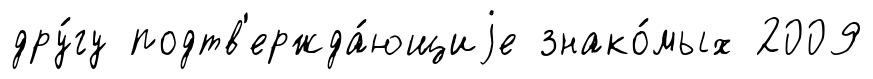
дру́гу подтв'ержда́ющиjе знако́мых 2009